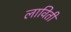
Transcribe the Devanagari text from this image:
लाविती